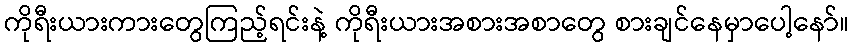
ကိုရီးယားကားတွေကြည့်ရင်းနဲ့ ကိုရီးယားအစားအစာတွေ စားချင်နေမှာပေါ့နော်။